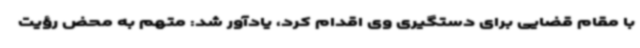
با مقام قضایی برای دستگیری وی اقدام کرد، یادآور شد: متهم به محض رؤیت